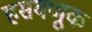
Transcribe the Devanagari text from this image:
हसवणूक